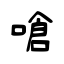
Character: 嗆